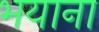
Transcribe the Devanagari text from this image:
भयाना